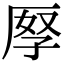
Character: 𠩨